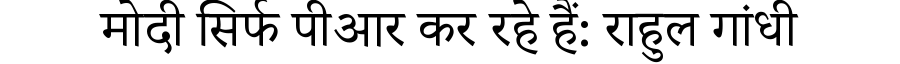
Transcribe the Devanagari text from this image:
मोदी सिर्फ पीआर कर रहे हैं: राहुल गांधी